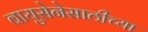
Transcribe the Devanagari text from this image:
वायुसेनेसाठीच्या